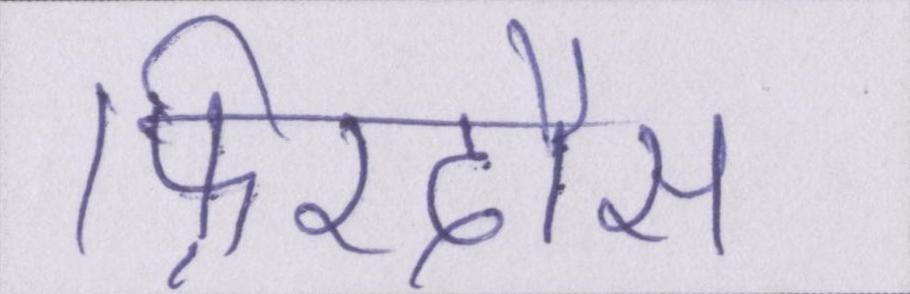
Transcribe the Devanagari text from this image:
फ़िरदौस